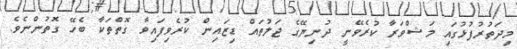
މިދަތުރުފުޅުގައި މަޝްވަރާ ކުރެވޭނީ ދުނިޔޭގެ ޖަލުތައް ޑިޒައިން ކުރެވިފައިވާ ގޮތްތަކާ ބެހޭ ގޮތުންނެވެ.